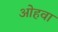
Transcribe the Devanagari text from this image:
ओहवा